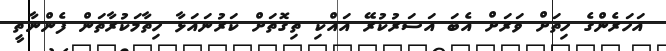
އަހަރެންގެ ހިތަށް ވަރަށް އެބަ އަސަރުކުރޭ އައްކި ތިގޮތަށް ކަރުނައަޅާ ހިތާމަކުރާތަން ފެންނާތީ